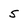
Character: 5